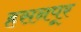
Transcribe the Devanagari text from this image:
हसनपूर